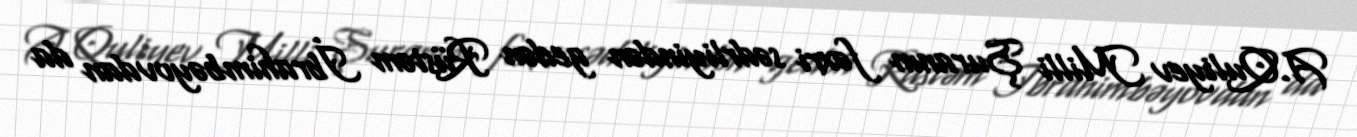
A.Quliyev Milli Şuranın fəxri sədrliyindən gedən Rüstəm İbrahimbəyovdan da